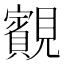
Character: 䚔